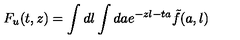
F _ { u } ( t , z ) = \int d l \int d a e ^ { - z l - t a } \tilde { f } ( a , l )